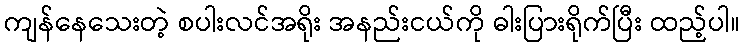
ကျန်နေသေးတဲ့ စပါးလင်အရိုး အနည်းငယ်ကို ဓါးပြားရိုက်ပြီး ထည့်ပါ။